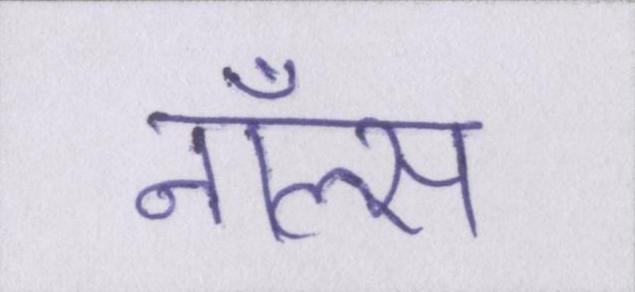
नॉल्स